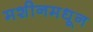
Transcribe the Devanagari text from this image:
मशीनमधून